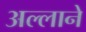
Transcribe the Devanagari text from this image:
अल्लाने